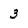
Character: 3